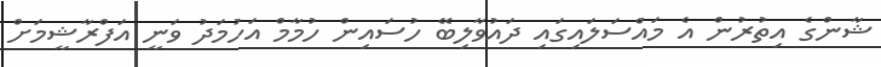
ޝާންގެ އިތުރުން އެ މައްސަލައިގައި ދައުވާލިބޭ ހުސައިން ހުމާމް އަހުމަދު ވަނީ އަފްރާޝީމަށް